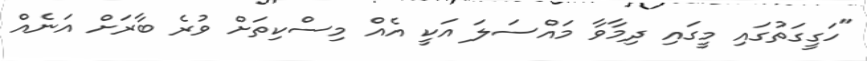
"ހަގީގަތުގައި މީގައި ދިމާވާ މައްސަލަ އަކީ އެއް މިސްކިތަށް ވުރެ ބާރަށް އަނެއް